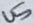
Text: U5